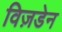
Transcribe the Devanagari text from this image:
विज़डेन